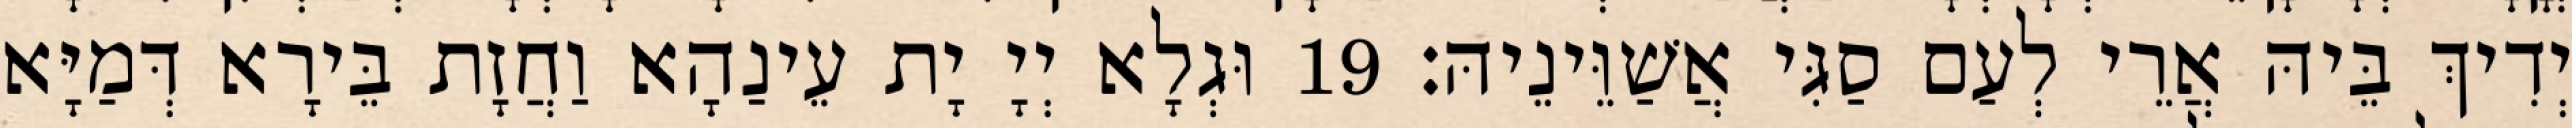
יְדִיךְ בֵּיהּ אֲרֵי לְעַם סַגִּי אֲשַׁוֵּינֵיהּ׃ 19 וּגְלָא יְיָ יָת עֵינַהָא וַחֲזָת בֵּירָא דְּמַיָּא